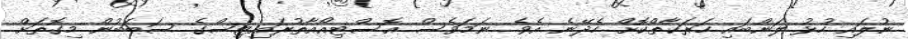
ނުލައި ހުޅު ލަންބައި ހަރަކާތްކޮށް ހެދޭނެ އެވެ. ނަމަވެސް އޮސްޓިއޯއާތުރައިޓިސްގެ ސަބަބުން މިގޮތަށް